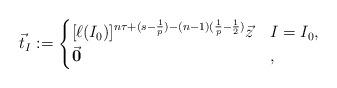
LaTeX: \begin{align*}\vec t_I:=\begin{cases}[\ell(I_0)]^{n\tau+(s-\frac{1}{p})-(n-1)(\frac{1}{p}-\frac{1}{2})}\vec z&I=I_0,\\\vec{\mathbf{0}}&,\end{cases}\end{align*}